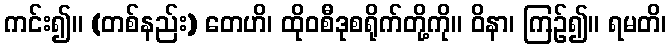
ကင်း၍။ (တစ်နည်း) တေဟိ၊ ထိုဝစီဒုစရိုက်တို့ကို။ ဝိနာ၊ ကြဉ်၍။ ရမတိ၊